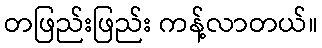
တဖြည်းဖြည်း ကန့်လာတယ်။